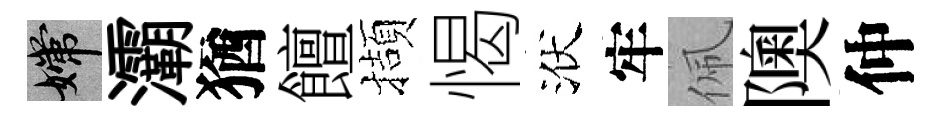
嫦灞猶饘擷愒洑牢佩隩仲